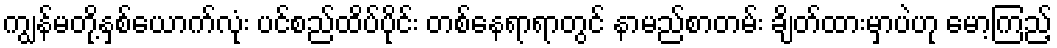
ကျွန်မတို့နှစ်ယောက်လုံး ပင်စည်ထိပ်ပိုင်း တစ်နေရာရာတွင် နာမည်စာတမ်း ချိတ်ထားမှာပဲဟု မော့ကြည့်